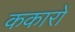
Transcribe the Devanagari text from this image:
ककारों